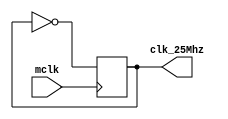
`timescale 1ns / 1ps
//////////////////////////////////////////////////////////////////////////////////
// Company: 
// Engineer: 
// 
// Design Name: 
// Module Name:    Freq_Divider 
// Project Name: 
// Target Devices: 
// Tool versions: 
// Description: 
//
// Dependencies: 
//
// Revision: 
// Revision 0.01 - File Created
// Additional Comments: 
//
//////////////////////////////////////////////////////////////////////////////////
module Freq_Divider(mclk, clk_25Mhz);
	input mclk;
	output reg clk_25Mhz = 0;	//For VGA
		
	always @(posedge mclk)
	begin
		clk_25Mhz <= ~clk_25Mhz;
	end
	
endmodule